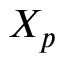
X _ { p }